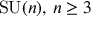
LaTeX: \operatorname { S U } ( n ) , \, n \geq 3